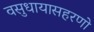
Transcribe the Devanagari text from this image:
वसुधायासहरणो